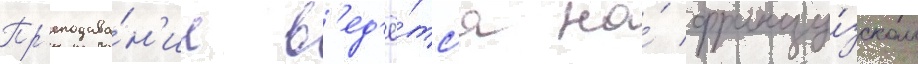
Пр'еподава́н'ие в'ед'ё́тс'я на́ францу́зском